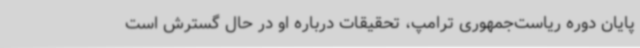
پایان دوره ریاست‌جمهوری ترامپ، تحقیقات درباره او در حال گسترش است